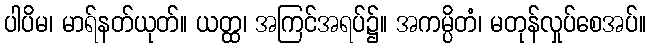
ပါပိမ၊ မာရ်နတ်ယုတ်။ ယတ္ထ၊ အကြင်အရပ်၌။ အကမ္ပိတံ၊ မတုန်လှုပ်စေအပ်။